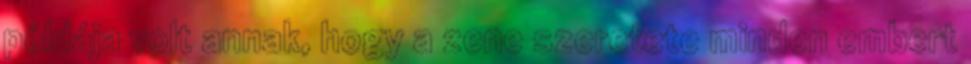
példája volt annak, hogy a zene szeretete minden embert